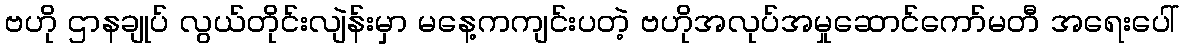
ဗဟို ဌာနချုပ် လွယ်တိုင်းလျဲန်းမှာ မနေ့ကကျင်းပတဲ့ ဗဟိုအလုပ်အမှုဆောင်ကော်မတီ အရေးပေါ်